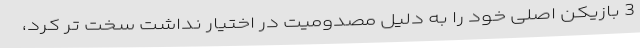
3 بازیکن اصلی خود را به دلیل مصدومیت در اختیار نداشت سخت تر کرد،